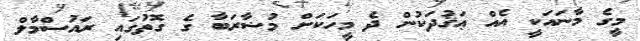
މީގެ މާނައަކީ އެއް ޢަޤުދަކުން ދެ މީހަކަށް މުޟާރަބާ ގެ ގޮތުގައި ރައުސްމާލް